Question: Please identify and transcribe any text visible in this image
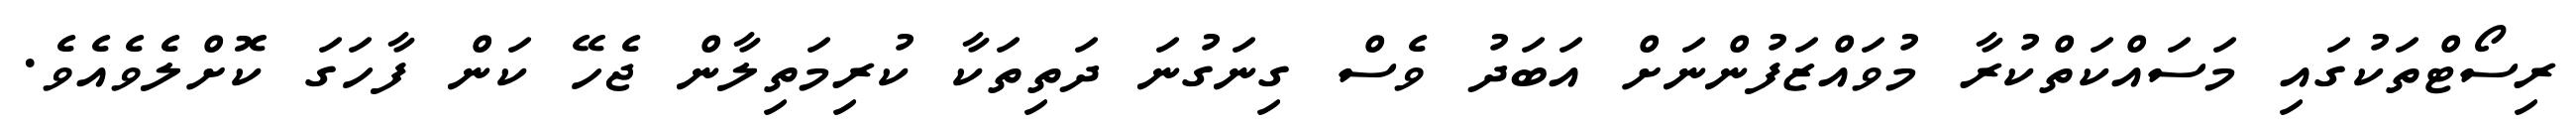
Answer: ރިސޯޓްތަކުގައި މަސައްކަތްކުރާ މުވައްޒަފުންނަށް އަބަދު ވެސް ގިނަގުނަ ދަތިތަކާ ކުރިމަތިލާން ޖެހޭ ކަން ފާހަގަ ކޮށްލެވެއެވެ.